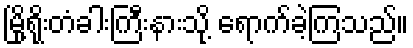
မြို့ရိုးတံခါးကြီးနားသို့ ရောက်ခဲ့ကြသည်။